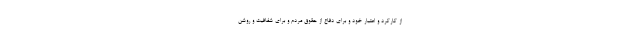
از کارکرد و اعتبار خود و برای دفاع از حقوق مردم و برای شفافیت و روشن